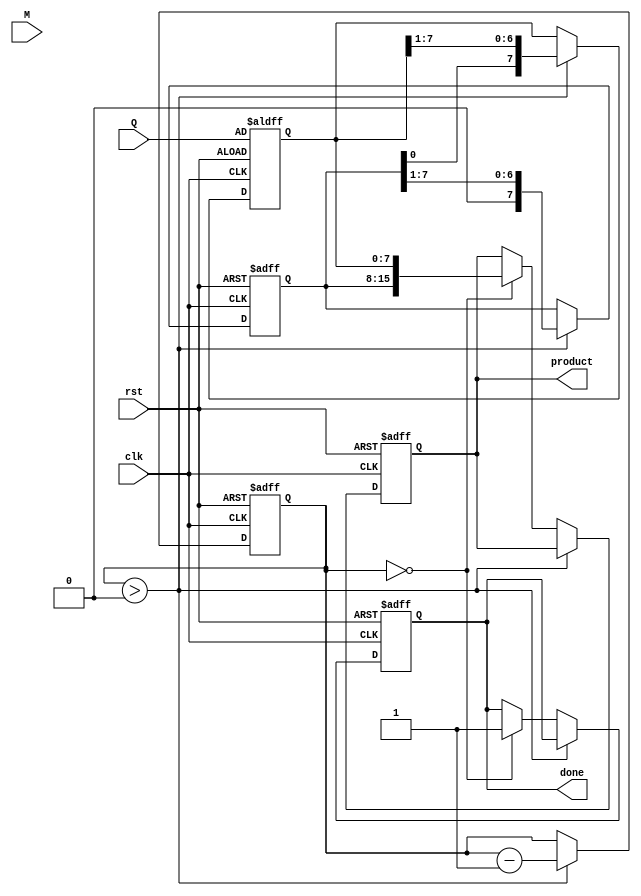
module booth_multiplier (
    input wire clk,
    input wire rst,
    input wire [7:0] M, // Multiplicand
    input wire [7:0] Q, // Multiplier
    output reg [15:0] product, // Final product (A, Q)
    output reg done // Signal to indicate multiplication is done
);

    reg [7:0] A; // Accumulator
    reg [7:0] Q_reg; // Working Q register
    reg Q_1; // Previous Q bit
    reg [3:0] count; // Loop counter

    always @(posedge clk or posedge rst) begin
        if (rst) begin
            A <= 8'b0;
            Q_reg <= Q;
            Q_1 <= 1'b0;
            count <= 4'b1000; // Number of bits for multiplication
            product <= 16'b0;
            done <= 1'b0;
        end else if (count > 0) begin
            case ({Q_reg[0], Q_1})
                2'b01: A <= A + M; // A = A + M
                2'b10: A <= A - M; // A = A - M
                default: A <= A;   // Do nothing
            endcase
            
            // Arithmetic right shift
            {A, Q_reg} <= {A, Q_reg} >> 1;
            Q_1 <= Q_reg[0]; // Update Q-1
            count <= count - 1; // Decrement count

        end else if (count == 0) begin
            product <= {A, Q_reg}; // Combine A and Q
            done <= 1'b1; // Indicate that multiplication is done
        end
    end

endmodule